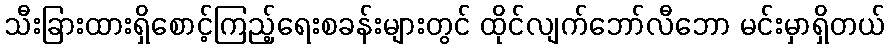
သီးခြားထားရှိစောင့်ကြည့်ရေးစခန်းများတွင် ထိုင်လျက်ဘော်လီဘော မင်းမှာရှိတယ်